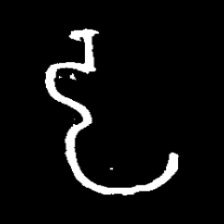
Pyu character \u2014 Myanmar letter: ဠ (romanized: lla)